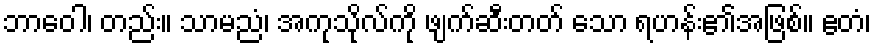
ဘာဝေါ၊ တည်း။ သာမညံ၊ အကုသိုလ်ကို ဖျက်ဆီးတတ် သော ရဟန်း၏အဖြစ်။ ဧတံ၊